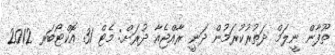
ތޫފާން ނީލަމް ދަތުރުކުރަމުން ދަނީ ރާއްޖެއާ ދުރަށް: މެޓް 31 އޮކްޓޯބަރ 2012